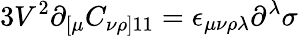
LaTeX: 3V^{2}\partial_{[\mu}C_{\nu\rho]11}=\epsilon_{\mu\nu\rho\lambda}\partial^{\lambda}\sigma